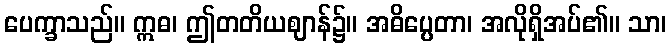
ပေက္ခာသည်။ ဣဓ၊ ဤတတိယဈာန်၌။ အဓိပ္ပေတာ၊ အလိုရှိအပ်၏။ သာ၊